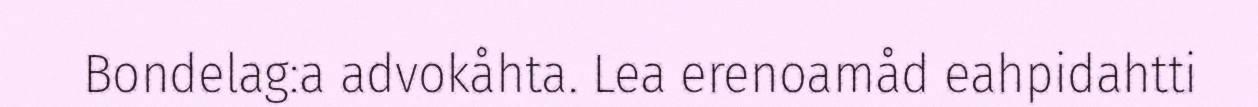
Bondelag:a advokåhta. Lea erenoamåd eahpidahtti